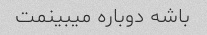
باشه دوباره میبینمت